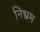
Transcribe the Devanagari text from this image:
निभ्रम